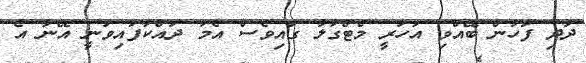
ދާދި ފަހުން ބޭއްވި އަހަރީ މެޓްގާލާ ގައިވެސް އެމާ ދައްކާފައިވަނީ އޭނާ އެ